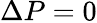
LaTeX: \Delta P=0